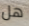
هل